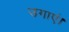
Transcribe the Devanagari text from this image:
उगाएं।